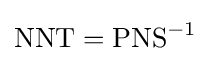
{\text{NNT}}={\text{PNS}}^{-1}